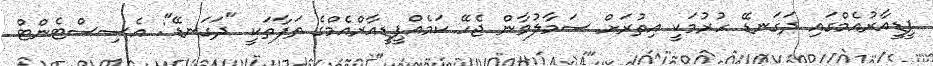
ޕީޑީއާރުއެމްގައި ދަގަނޑޭ ހުރުމަކީ އިތުރަށް ސަމާލުވާން ޖެހޭ ކަމެއްޕީޑީއާރްއެމްގެ ތަފާތަކީ "ދަގަނޑޭ": އެސިސްޓެންޓް